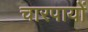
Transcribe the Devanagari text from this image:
चारपायों